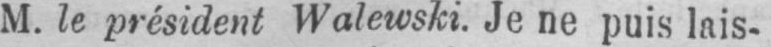
M. le président Walewski. Je ne puis lais-